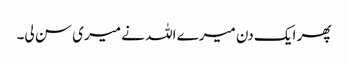
پھر ایک دن میرے اللہ نے میری سن لی۔